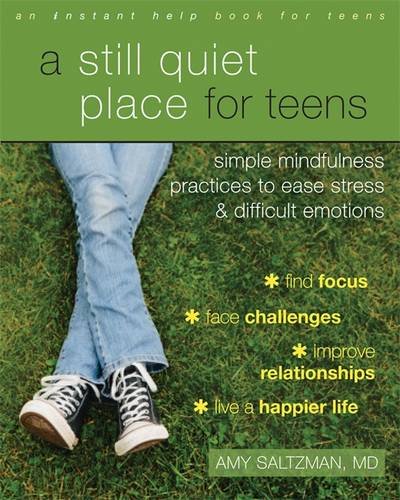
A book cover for A Still Quiet Place for Teens: A Mindfulness Workbook to Ease Stress and Difficult Emotions; Amy Saltzman MD; Teen & Young Adult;